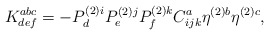
\begin{align*}K_{def}^{abc}=-P_{d}^{(2)i}P_{e}^{(2)j}P_{f}^{(2)k}C_{ijk}^{a}\eta^{(2)b}\eta ^{(2)c}, \end{align*}